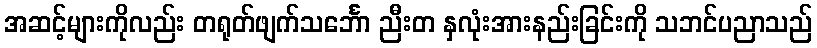
အဆင့်များကိုလည်း တရုတ်ဖျက်သင်္ဘော ညီးတ နှလုံးအားနည်းခြင်းကို သဘင်ပညာသည်